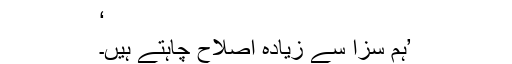
‘
’ہم سزا سے زیادہ اصلاح چاہتے ہیں۔